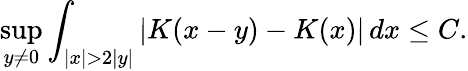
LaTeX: \operatorname*{sup}_{y\neq 0}\int_{|x|>2|y|}|K(x-y)-K(x)|\, dx\leq C.